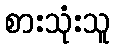
စားသုံးသူ